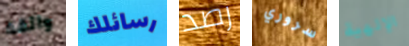
واثقة رسائلك رصد سروري الإلهية